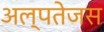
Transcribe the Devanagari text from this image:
अल्पतेजस